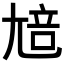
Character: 𡯳